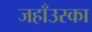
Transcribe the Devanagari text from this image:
जहाँउस्का